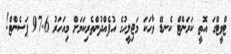
ޓްވީޓްގަ އޮތީ ކަރަންޓް ކެނޑޭ ވާހަކަ މަޖިލީހުގެ އުފެއްދުންތެރިކަމަށް މިއަހަރު 97.6 ޕަސެންޓް!